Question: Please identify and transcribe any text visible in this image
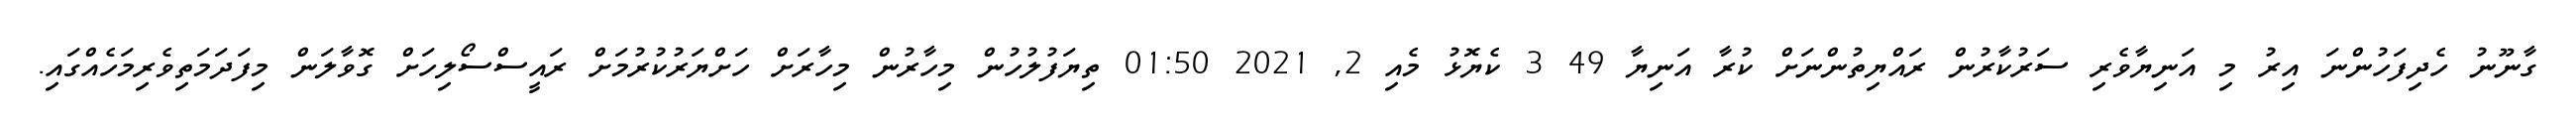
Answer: ގާނޫނު ހެދިފަހުންނަ އިރު މި އަނިޔާވެރި ސަރުކާރުން ރައްޔިތުންނަށް ކުރާ އަނިޔާ 49 3 ކެޔޮޅު މެއި 2, 2021 01:50 ތިޔަފުލުހުން މިހާރުން މިހާރަށް ހަށްޔަރުކުރުމަށް ރައީސްސޯލިހަށް ގޮވާލަން މިފަދަމަތިވެރިމަހެއްގައި.